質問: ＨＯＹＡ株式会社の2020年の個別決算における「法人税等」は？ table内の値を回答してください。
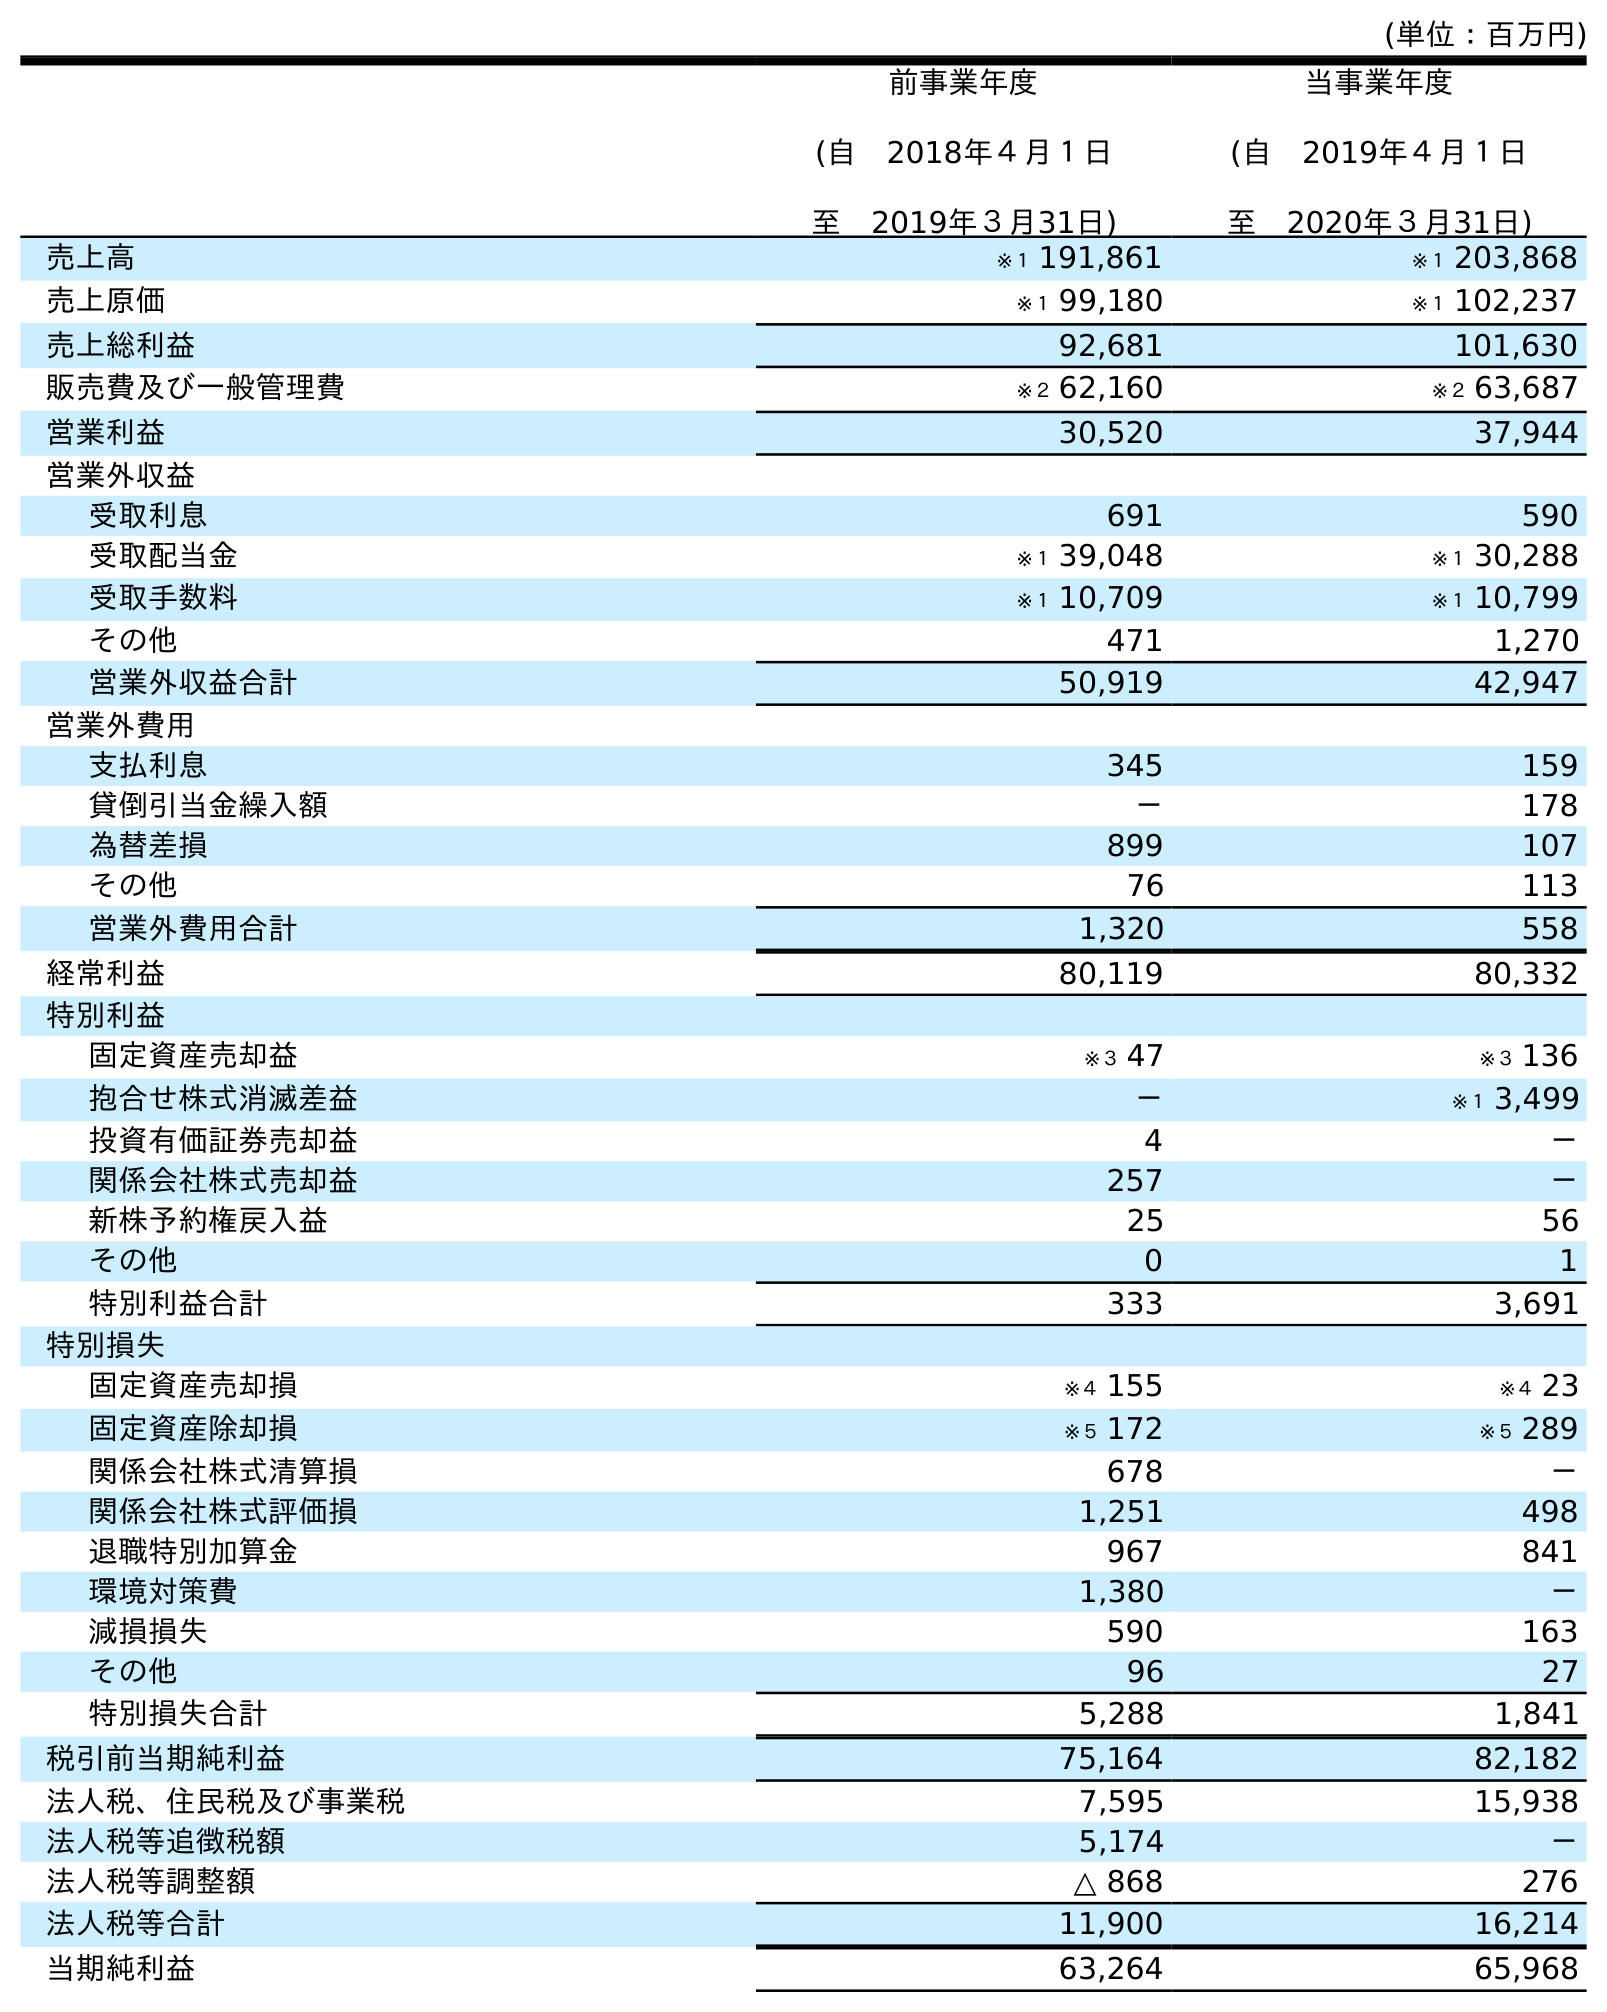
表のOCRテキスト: (単位：百万円) 前事業年度 (自 2018年４月１日 至 2019年３月31日) 当事業年度 (自 2019年４月１日 至 2020年３月31日) 売上高 ※１ 191,861 ※１ 203,868 売上原価 ※１ 99,180 ※１ 102,237 売上総利益 92,681 101,630 販売費及び一般管理費 ※２ 62,160 ※２ 63,687 営業利益 30,520 37,944 営業外収益 受取利息 691 590 受取配当金 ※１ 39,048 ※１ 30,288 受取手数料 ※１ 10,709 ※１ 10,799 その他 471 1,270 営業外収益合計 50,919 42,947 営業外費用 支払利息 345 159 貸倒引当金繰入額 － 178 為替差損 899 107 その他 76 113 営業外費用合計 1,320 558 経常利益 80,119 80,332 特別利益 固定資産売却益 ※３ 47 ※３ 136 抱合せ株式消滅差益 － ※１ 3,499 投資有価証券売却益 4 － 関係会社株式売却益 257 － 新株予約権戻入益 25 56 その他 0 1 特別利益合計 333 3,691 特別損失 固定資産売却損 ※４ 155 ※４ 23 固定資産除却損 ※５ 172 ※５ 289 関係会社株式清算損 678 － 関係会社株式評価損 1,251 498 退職特別加算金 967 841 環境対策費 1,380 － 減損損失 590 163 その他 96 27 特別損失合計 5,288 1,841 税引前当期純利益 75,164 82,182 法人税、住民税及び事業税 7,595 15,938 法人税等追徴税額 5,174 － 法人税等調整額 △ 868 276 法人税等合計 11,900 16,214 当期純利益 63,264 65,968
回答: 16,214